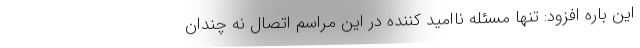
این باره افزود: تنها مسئله ناامید کننده در این مراسم اتصال نه چندان